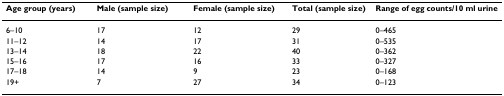
| Age group (years) | Male (sample size) | Female (sample size) | Total (sample size) | Range of egg counts/10 ml urine |
 | --- | --- | --- | --- | --- |
 | 6–10 | 17 | 12 | 29 | 0–465 |
 | 11–12 | 14 | 17 | 31 | 0–535 |
 | 13–14 | 18 | 22 | 40 | 0–362 |
 | 15–16 | 17 | 16 | 33 | 0–327 |
 | 17–18 | 14 | 9 | 23 | 0–168 |
 | 19+ | 7 | 27 | 34 | 0–123 |